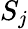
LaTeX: S_{j}